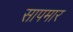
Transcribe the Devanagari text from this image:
सापमार